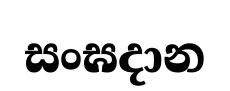
සංඝදාන